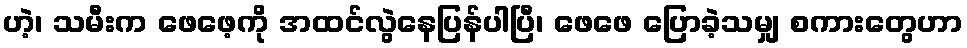
ဟဲ့၊ သမီးက ဖေဖေ့ကို အထင်လွဲနေပြန်ပါပြီ၊ ဖေဖေ ပြောခဲ့သမျှ စကားတွေဟာ